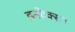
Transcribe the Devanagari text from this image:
इन्फ़ेक्सन